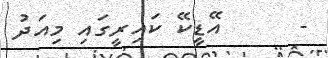
-      އޭޑީކޭ ކައިރީގައި މިއަދު